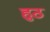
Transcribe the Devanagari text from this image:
हुठ